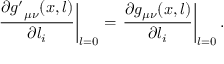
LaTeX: \left. \frac { \partial { g ^ { \prime } } _ { \mu \nu } ( x , l ) } { \partial l _ { i } } \right| _ { l = 0 } = \left. \frac { \partial g _ { \mu \nu } ( x , l ) } { \partial l _ { i } } \right| _ { l = 0 } .